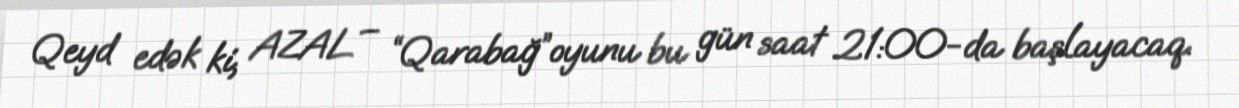
Qeyd edək ki, AZAL – “Qarabağ”oyunu bu gün saat 21:00-da başlayacaq.